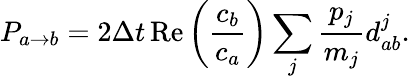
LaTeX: P_{a\to b}=2\Delta t\operatorname{Re}\left(\frac{c_{b}}{c_{a}}\right)\sum_{j}\frac{p_{j}}{m_{j}}d_{ab}^{j}.